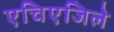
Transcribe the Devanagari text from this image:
एचिएजिले